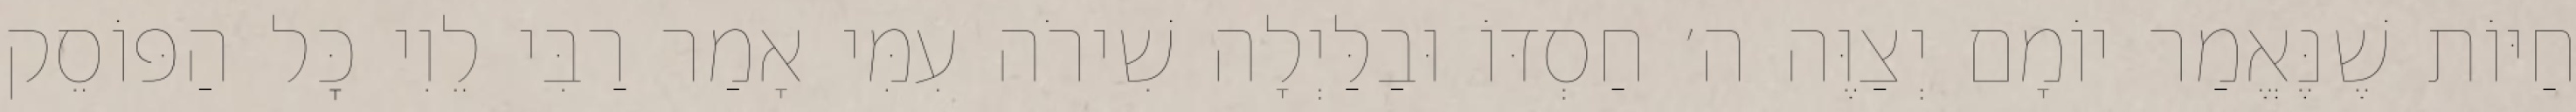
חַיּוֹת שֶׁנֶּאֱמַר יוֹמָם יְצַוֶּה ה׳ חַסְדּוֹ וּבַלַּיְלָה שִׁירֹה עִמִּי אָמַר רַבִּי לֵוִי כׇּל הַפּוֹסֵק